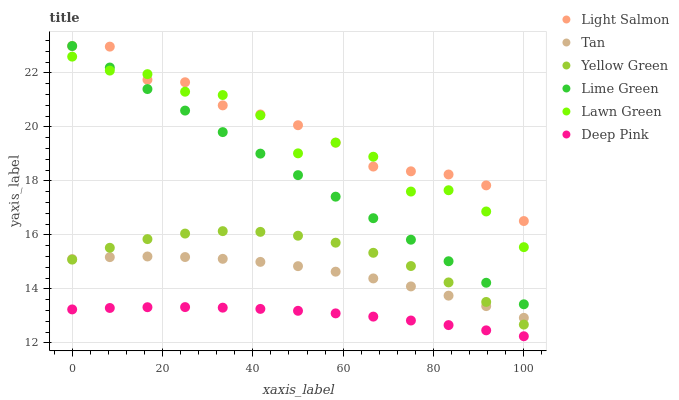
| xaxis_label | Light Salmon | Tan | Yellow Green | Lime Green | Lawn Green | Deep Pink |
 | --- | --- | --- | --- | --- | --- | --- |
 | 0 | 23 | 15.1 | 15.1 | 23 | 22.6 | 13.2 |
 | 8.33 | 23 | 15.2 | 15.5 | 22.2 | 22.1 | 13.3 |
 | 16.7 | 21.7 | 15.2 | 15.8 | 21.4 | 22 | 13.3 |
 | 25 | 21.7 | 15.2 | 16.1 | 20.6 | 21.3 | 13.3 |
 | 33.3 | 20.8 | 15.1 | 16.1 | 19.8 | 21.2 | 13.3 |
 | 41.7 | 20.5 | 15 | 16.1 | 19 | 20.4 | 13.3 |
 | 50 | 20.1 | 14.8 | 16 | 18.2 | 19 | 13.2 |
 | 58.3 | 19.4 | 14.6 | 15.7 | 17.4 | 19.4 | 13.1 |
 | 66.7 | 18.5 | 14.4 | 15.3 | 16.6 | 18.9 | 13 |
 | 75 | 18.4 | 14.1 | 14.8 | 15.8 | 17.6 | 12.8 |
 | 83.3 | 18.2 | 13.8 | 14.2 | 15 | 17.7 | 12.7 |
 | 91.7 | 17.8 | 13.4 | 13.5 | 14.2 | 16.9 | 12.5 |
 | 100 | 16.5 | 12.9 | 12.7 | 13.4 | 15.5 | 12.2 |